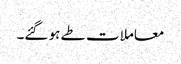
معاملات طے ہو گئے۔